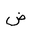
Letter: _dad